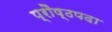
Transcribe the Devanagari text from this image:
प्रौष्ठपदा